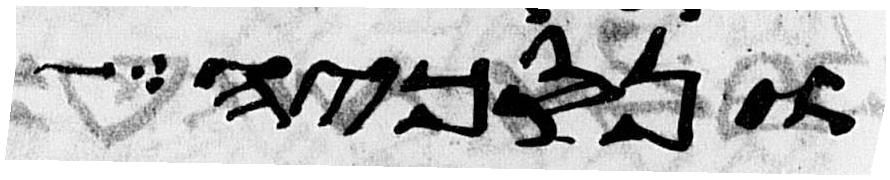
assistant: ונסכיה